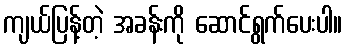
ကျယ်ပြန့်တဲ့ အခန်းကို ဆောင်ရွက်ပေးပါ။